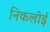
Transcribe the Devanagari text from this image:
निकलोई